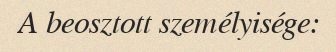
A beosztott személyisége: